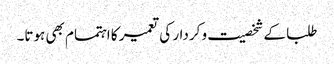
طلبا کے شخصیت و کردار کی تعمیر کا اہتمام بھی ہوتا۔